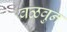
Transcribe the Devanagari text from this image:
वळवुन